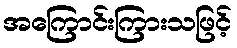
အကြောင်းကြားသဖြင့်